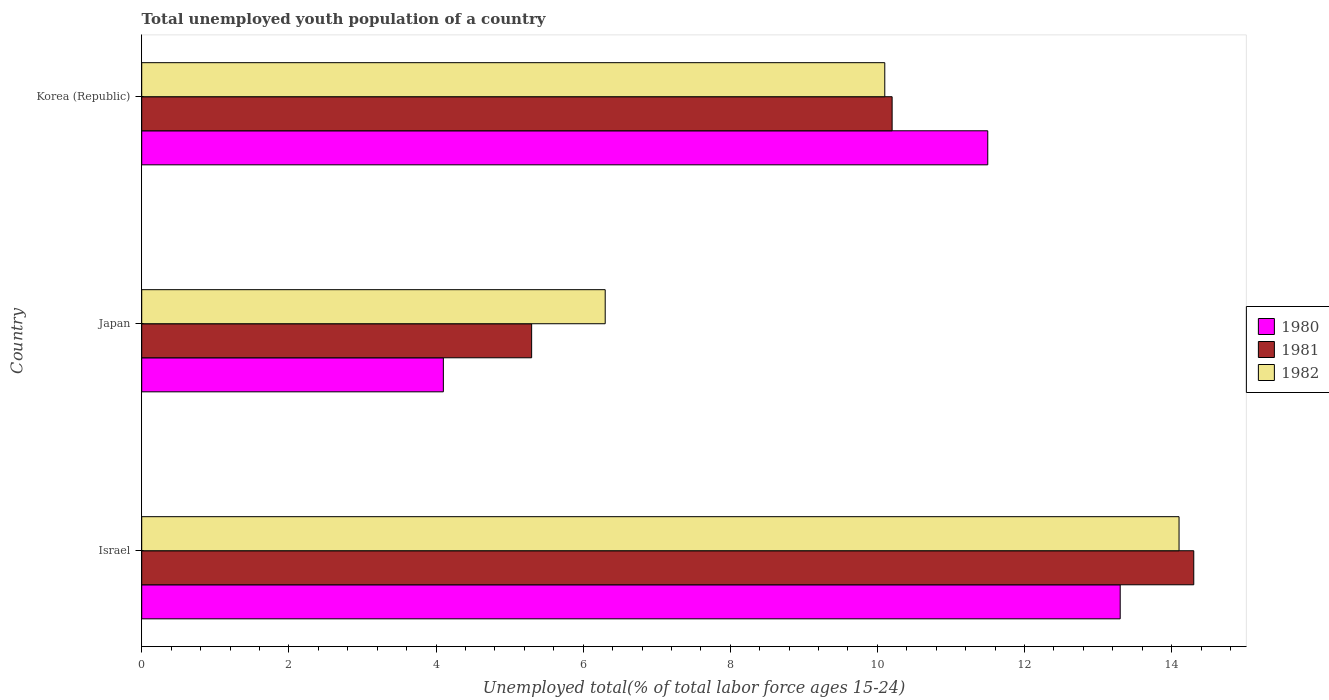
| Country | 1980 | 1981 | 1982 |
 | --- | --- | --- | --- |
 | Israel | 13.3 | 14.3 | 14.1 |
 | Japan | 4.1 | 5.3 | 6.3 |
 | Korea (Republic) | 11.5 | 10.2 | 10.1 |